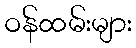
ဝန်ထမ်းများ